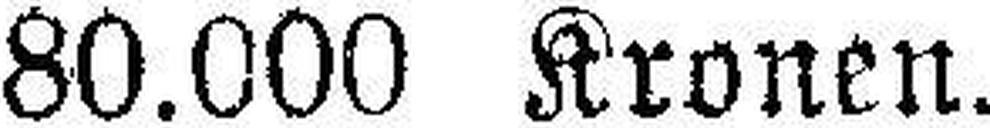
80.000 Kronen.